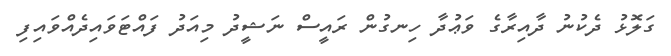
ގަލޮޅު ދެކުނު ދާއިރާގެ ވަޢުދާ ހިނގުން ރައީސް ނަޝީދު މިއަދު ފައްޓަވައިދެއްވައިފި